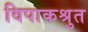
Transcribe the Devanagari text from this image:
विपाकश्रुत